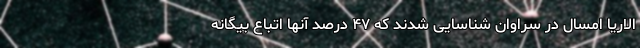
الاریا امسال در سراوان شناسایی شدند که ۴۷ درصد آنها اتباع بیگانه